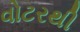
વોટરથી